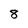
Character: 8